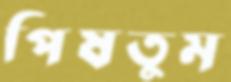
পিষতুম